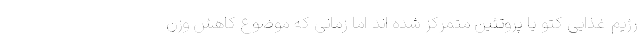
رژیم غذایی کتو یا پروتئین متمرکز شده اند اما زمانی که موضوع کاهش وزن